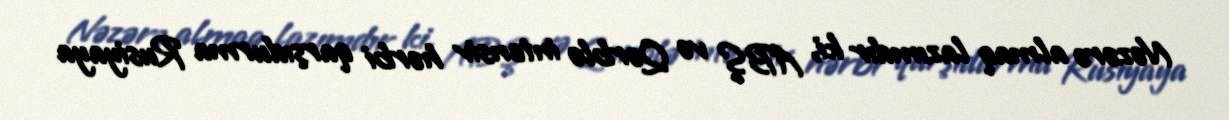
Nəzərə almaq lazımdır ki, ABŞ və Qərblə intensiv hərbi qarşıdurma Rusiyaya